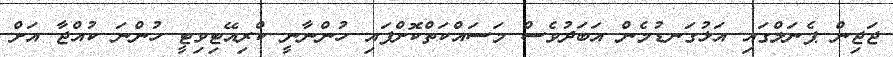
ޖަޖިން ޕެނަލްގައި އަޅުގަނޑުމެން އަބަދުވެސް މަސައްކަތްކޮށްފައި ހުންނާނީ ކްރިއޭޓިވިޓީ ހުންނަ ކުއްޖާ އަށް